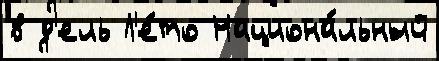
в д'ель Л'е́то Национа́льный